Civil Veterinary Department. United Provinces 1912-22 - 1912-1922
Year: 1912
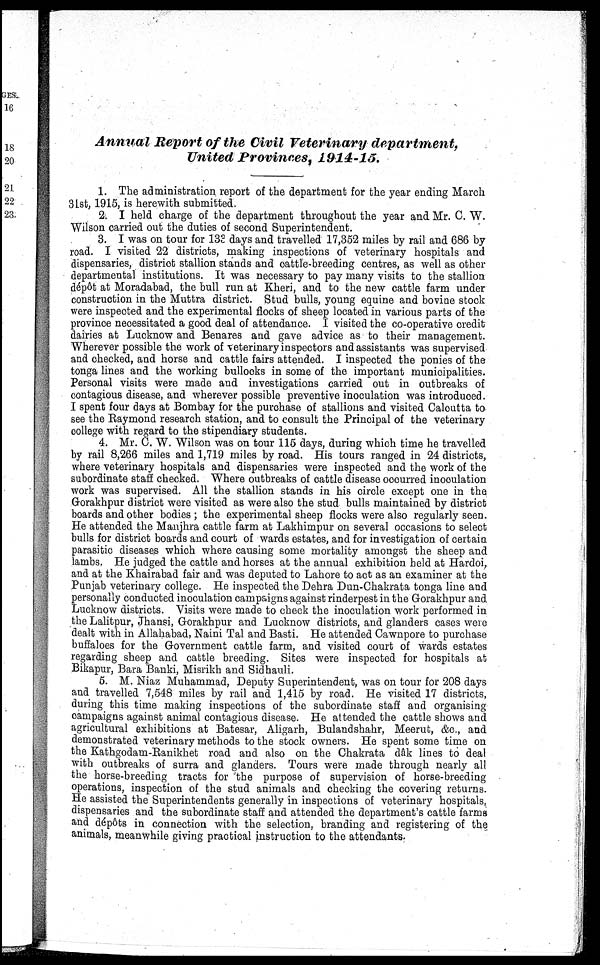
Annual Report of the Civil Veterinary
department,
United Provinces,
1914-15.
1. The administration report of the department for the year ending March
31st, 1915, is herewith submitted.
2. I held charge of the department throughout the year and Mr. C. W.
Wilson carried out the duties of second Superintendent.
3. I was on tour for 133 days and travelled 17,352 miles by rail and 686 by
road. I visited 22 districts, making inspections of veterinary hospitals and
dispensaries, district stallion stands and cattle-breeding centres, as well as other
departmental institutions. It was necessary to pay many visits to the stallion
d6p6t at Moradabad, the bull run at Kheri, and to the new cattle farm under
construction in the Muttra district. Stud bulls, young equine and bovine stock
were inspected and the experimental flocks of sheep located in various parts of the
province necessitated a good deal of attendance. I visited the co-operative credit
dairies at Lucknow and Benares and gave advice as to their management.
Wherever possible the work of veterinary inspectors and assistants was supervised
and checked, and horse and cattle fairs attended. I inspected the ponies of the
tonga lines and the working bullocks in some of the important municipalities.
Personal visits were made and investigations carried out in outbreaks of
contagious disease, and wherever possible preventive inoculation was introduced.
I spent four days at Bombay for the purchase of stallions and visited Calcutta to
see the Raymond research station, and to consult the Principal of the veterinary
college with regard to the stipendiary students.
4. Mr. C. W. Wilson was on tour 115 days, during which time he travelled
by rail 8,266 miles and 1,719 miles by road. His tours ranged in 24 districts,
where veterinary hospitals and dispensaries were inspected and the work of the
subordinate staff checked. Where outbreaks of cattle disease occurred inoculation
work was supervised. All the stallion stands in his circle except one in the
Gorakhpur district were visited as were also the stud bulls maintained by district
boards and other bodies; the experimental sheep flocks were also regularly seen.
He attended the Manjhra cattle farm at Lakhimpur on several occasions to select
bulls for district boards and court of wards estates, and for investigation of certain
parasitic diseases which where causing some mortality amongst the sheep and
lambs. He judged the cattle and horses at the annual exhibition held at Hardoi,
and at the Khairabad fair and was deputed to Lahore to act as an examiner at the
Punjab veterinary college. He inspected the Dehra Dun-Chakrata tonga line and
personally conducted inoculation campaigns against rinderpest in the Gorakhpur and
Lucknow districts. Visits were made to check the inoculation work performed in
the Lalitpur, Jhansi, Gorakhpur and Lucknow districts, and glanders cases were
dealt with in Allahabad, Naini Tal and Basti. He attended Cawnpore to purchase
buffaloes for the Government cattle farm, and visited court of wards estates
regarding sheep and cattle breeding. Sites were inspected for hospitals at
Bikapur, Bara Banki, Misrikh and Sidhauli.
5. M. Niaz Muhammad, Deputy Superintendent, was on tour for 208 days
and travelled 7,548 miles by rail and 1,415 by road. He visited 17 districts,
during this time making inspections of the subordinate staff and organising
campaigns against animal contagious disease. He attended the cattle shows and
agricultural exhibitions at Batesar, Aligarh, Bulandshahr, Meerut, &c., and
demonstrated veterinary methods to the stock owners. He spent some time on
the Kathgodam-Ranikhet road and also on the Chakrata dâk lines to deal
with outbreaks of surra and glanders. Tours were made through nearly all
the horse-breeding tracts for the purpose of supervision of horse-breeding
operations, inspection of the stud animals and checking the covering returns.
He assisted the Superintendents generally in inspections of veterinary hospitals,
dispensaries and the subordinate staff and attended the department's cattle farms
and dépôts in connection with the selection, branding and registering of the
animals, meanwhile giving practical instruction to the attendants.